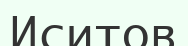
Иситов